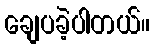
ချေပခဲ့ပါတယ်။